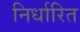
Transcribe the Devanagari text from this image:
निर्धारित